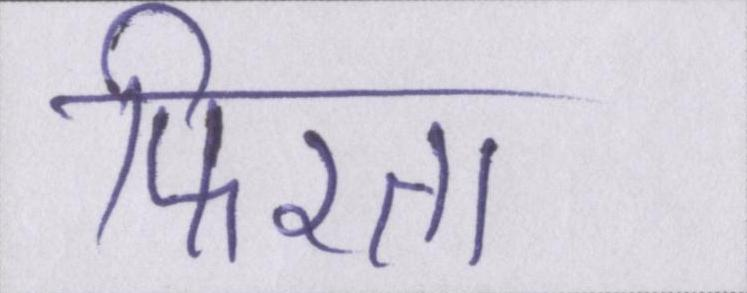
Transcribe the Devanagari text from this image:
फिरता